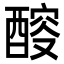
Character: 䤇